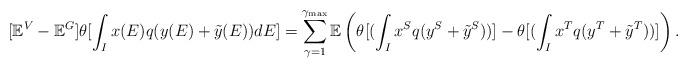
LaTeX: \begin{align*} [\mathbb{E}^V-\mathbb{E}^G] \theta [\int_I x(E)q(y(E)+\tilde{y}(E))dE]=\sum_{\gamma=1}^{\gamma_{\max}}\mathbb{E}\left( \theta[(\int_I x^S q(y^S+\tilde{y}^S))]-\theta[(\int_I x^T q(y^T+\tilde{y}^T))] \right). \end{align*}